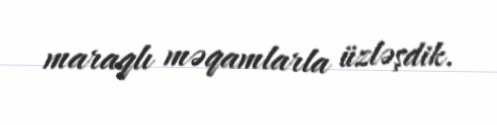
maraqlı məqamlarla üzləşdik.